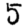
Digit: 5